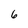
Character: 6